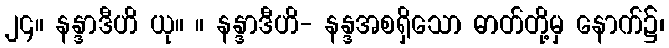
၂၄။ နန္ဒာဒီဟိ ယု။ ။ နန္ဒာဒီဟိ- နန္ဒအစရှိသော ဓာတ်တို့မှ နောက်၌၊